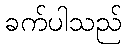
ခက်ပါသည်